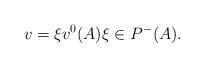
LaTeX: \begin{align*} v = \xi v^0(A)\xi \in P^{-}(A).\end{align*}